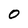
Character: 0